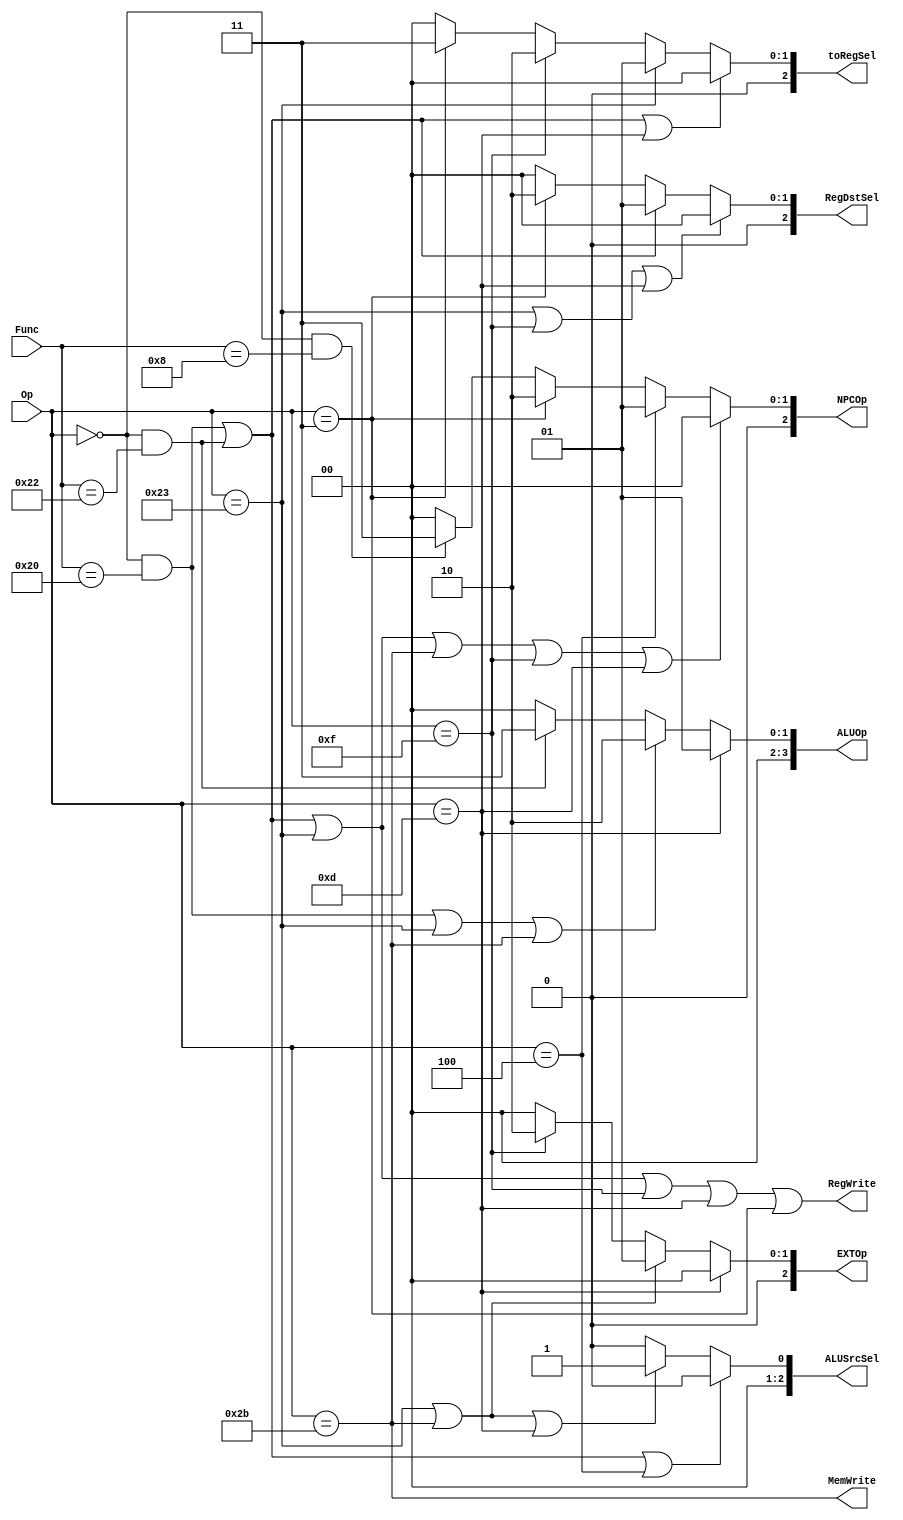
`timescale 1ns / 1ps
//////////////////////////////////////////////////////////////////////////////////
// Company: 
// Engineer: 
// 
// Design Name: 
// Module Name:    control 
// Project Name: 
// Target Devices: 
// Tool versions: 
// Description: 
//
// Dependencies: 
//
// Revision: 
// Revision 0.01 - File Created
// Additional Comments: 
//
//////////////////////////////////////////////////////////////////////////////////
module control(
    input [5:0] Op,
    input [5:0] Func,
    output [2:0] RegDstSel,
    output [2:0] ALUSrcSel,
    output [2:0] toRegSel,
    output RegWrite,
    output MemWrite,
    output [2:0] NPCOp,
    output [3:0] ALUOp,
    output [2:0] EXTOp
    );
    
// 
    //Op
    parameter R = 6'b000000;    //R
    parameter LW = 6'b100011;
    parameter SW = 6'b101011;
    parameter BEQ = 6'b000100;
    parameter LUI = 6'b001111;
    parameter ORI = 6'b001101;
    parameter JAL = 6'b000011;
    
    //Func
    parameter ADDU = 6'b100000;
    parameter SUBU = 6'b100010;
    parameter JR = 6'b001000;
    
// wire
    wire addu, subu, lw, sw, beq, lui, ori, jal, jr;
    
    assign addu = (Op==R) & (Func==ADDU);   //R
    assign subu = (Op==R) & (Func==SUBU);   //R
    assign lw = (Op==LW);
    assign sw = (Op==SW);
    assign beq = (Op==BEQ);
    assign lui = (Op==LUI);
    assign ori = (Op==ORI);
    assign jal = (Op==JAL);
    assign jr = (Op==R) & (Func==JR);       //R
    
//
    assign RegDstSel =  (lw|lui|ori)? 3'b000:       //rt
                        (addu|subu)? 3'b001:        //rd
                        (jal)? 3'b010:              //31
                        3'b000;
    assign ALUSrcSel =  (addu|subu|beq)? 3'b000:    //RD2
                        (lw|sw|ori)? 3'b001:        //EXT
                        3'b000;
    assign toRegSel =   (addu|subu|ori)? 3'b000:    //ALUtoReg
                        (lw)? 3'b001:               //MemtoReg
                        (lui)? 3'b010:              //EXTtoReg
                        (jal)? 3'b011:              //PC4toReg
                        3'b000;
    assign RegWrite = (addu|subu|lw|lui|ori|jal);
    assign MemWrite = (sw);
    assign NPCOp =  (addu|subu|lw|sw|lui|ori)? 3'b000:  //PC4
                    (beq)? 3'b001:                      //beq            
                    (jal)? 3'b010:                      //jal    
                    (jr)? 3'b011:                       //jr    
                    3'b000;
    assign ALUOp =  (ori)? 4'b0001:                 //
                    (addu|lw|sw)? 4'b0010:          //
                    (subu)? 4'b0011:                //
                    4'b0000;
    assign EXTOp =  (ori)? 3'b000:                  //
                    (lw|sw)? 3'b001:                //
                    (lui)? 3'b010:                  //
                    3'b000;
endmodule